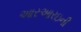
આરઆરઇની